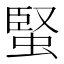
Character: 蜸